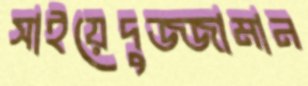
সাইয়েদুজ্জামান